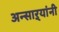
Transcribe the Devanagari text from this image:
अन्साऱ्यांनी